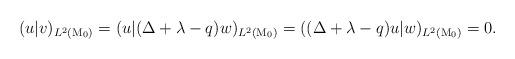
LaTeX: \begin{align*}(u|v)_{L^2(\mathrm{M}_0)}= (u|(\Delta+\lambda -q)w)_{L^2(\mathrm{M}_0)}=((\Delta+\lambda -q)u|w)_{L^2(\mathrm{M}_0)}=0.\end{align*}